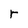
Character: r